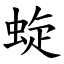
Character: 蜁